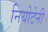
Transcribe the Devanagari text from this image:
नियोटेनी